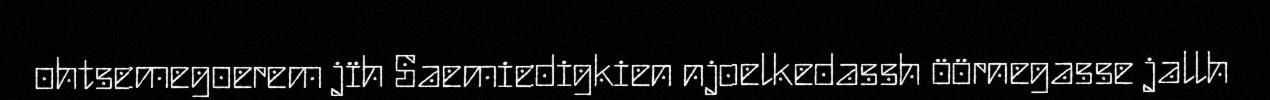
ohtsemegoerem jïh Saemiedigkien njoelkedassh öörnegasse jallh